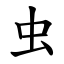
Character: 虫